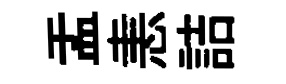
盂恚詰